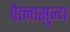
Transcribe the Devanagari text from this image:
चेत्नासुन्य